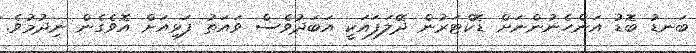
ބަނޑު ބޮޑު އަންހެނުންނަށް ޑޮކްޓަރުން ދޭލަފައަކީ އަބަދުވެސް ވައަތު ފަޅިއަށް އޮވެގެން ނިދުމުވެ.